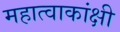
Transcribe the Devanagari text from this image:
महात्वाकांक्षी